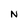
Character: N